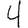
Digit: 4